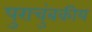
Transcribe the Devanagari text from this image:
पुराचुंबकीय